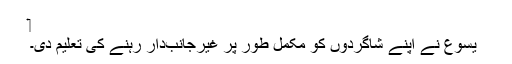
‏
یسوع نے اپنے شاگردوں کو مکمل طور پر غیرجانب‌دار رہنے کی تعلیم دی۔